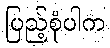
ပြည့်စုံပါက